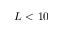
L < 1 0